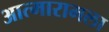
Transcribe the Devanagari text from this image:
आत्मारामला